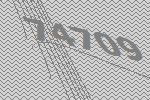
74709